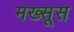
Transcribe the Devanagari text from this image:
मख्सूस